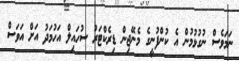
ނަމަވެސް ނުގުޅުމުން އެ ކުންފުނީގެ މެނޭޖިން ޑިރެކްޓަރު ސުހައިލް އަހުމަދު އަށް އަވަސް